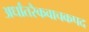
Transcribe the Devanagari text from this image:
अर्धांतरैकवाचकपद